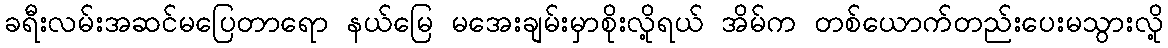
ခရီးလမ်းအဆင်မပြေတာရော နယ်မြေ မအေးချမ်းမှာစိုးလို့ရယ် အိမ်က တစ်ယောက်တည်းပေးမသွားလို့